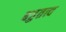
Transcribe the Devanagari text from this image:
बहुतत्त्व